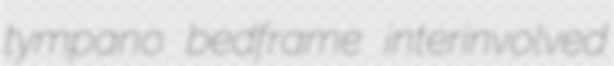
tympano bedframe interinvolved